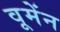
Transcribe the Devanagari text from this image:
वूमेंन